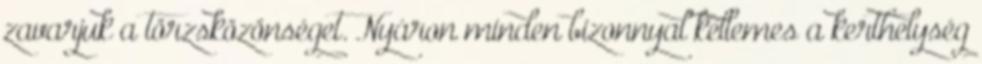
zavarjuk a törzsközönséget. Nyáron minden bizonnyal kellemes a kerthelység